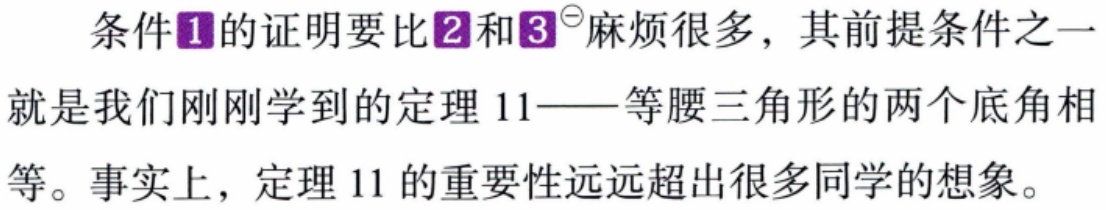
条件\textcircled{1}的证明要比\textcircled{2}和\textcircled{3}^{\ominus}麻烦很多，其前提条件之一就是我们刚刚学到的定理11——等腰三角形的两个底角相等。事实上，定理11的重要性远远超出很多同学的想象。